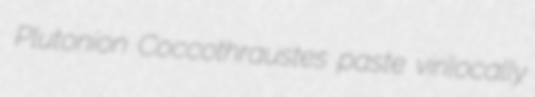
Plutonion Coccothraustes paste virilocally